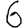
Digit: 6